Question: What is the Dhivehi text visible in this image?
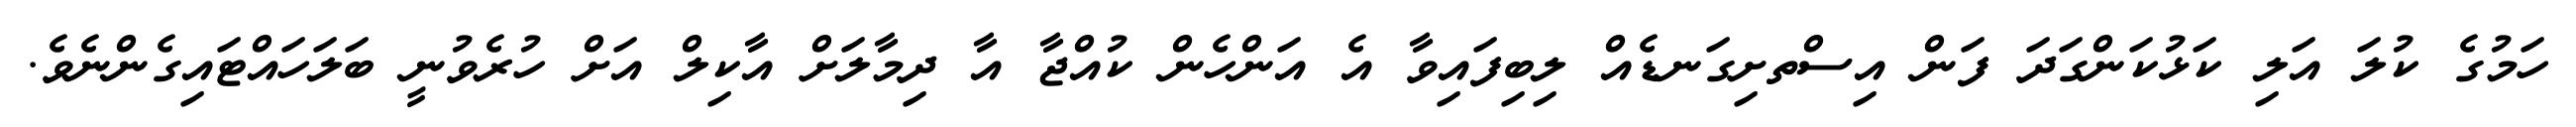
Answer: ހަމުގެ ކުލަ އަލި ކަޅުކަންގަދަ ފަން އިސްތށިގަނޑެއް ލިބިފައިވާ އެ އަންހެން ކުއްޖާ އާ ދިމާލަށް އާކިލް އަށް ހުރެވުނީ ބަލަހައްޓައިގެންނެވެ.